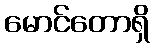
မောင်တောရှိ